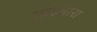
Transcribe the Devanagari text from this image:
आइमारा